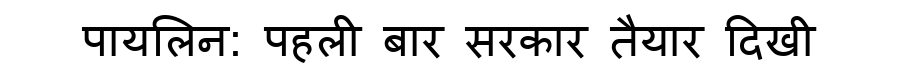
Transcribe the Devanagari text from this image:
पायलिन: पहली बार सरकार तैयार दिखी